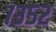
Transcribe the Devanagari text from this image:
७३५२